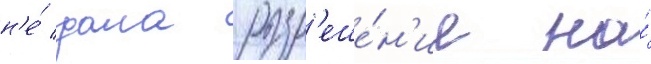
н'е́ дала разр'еше́н'ие на́